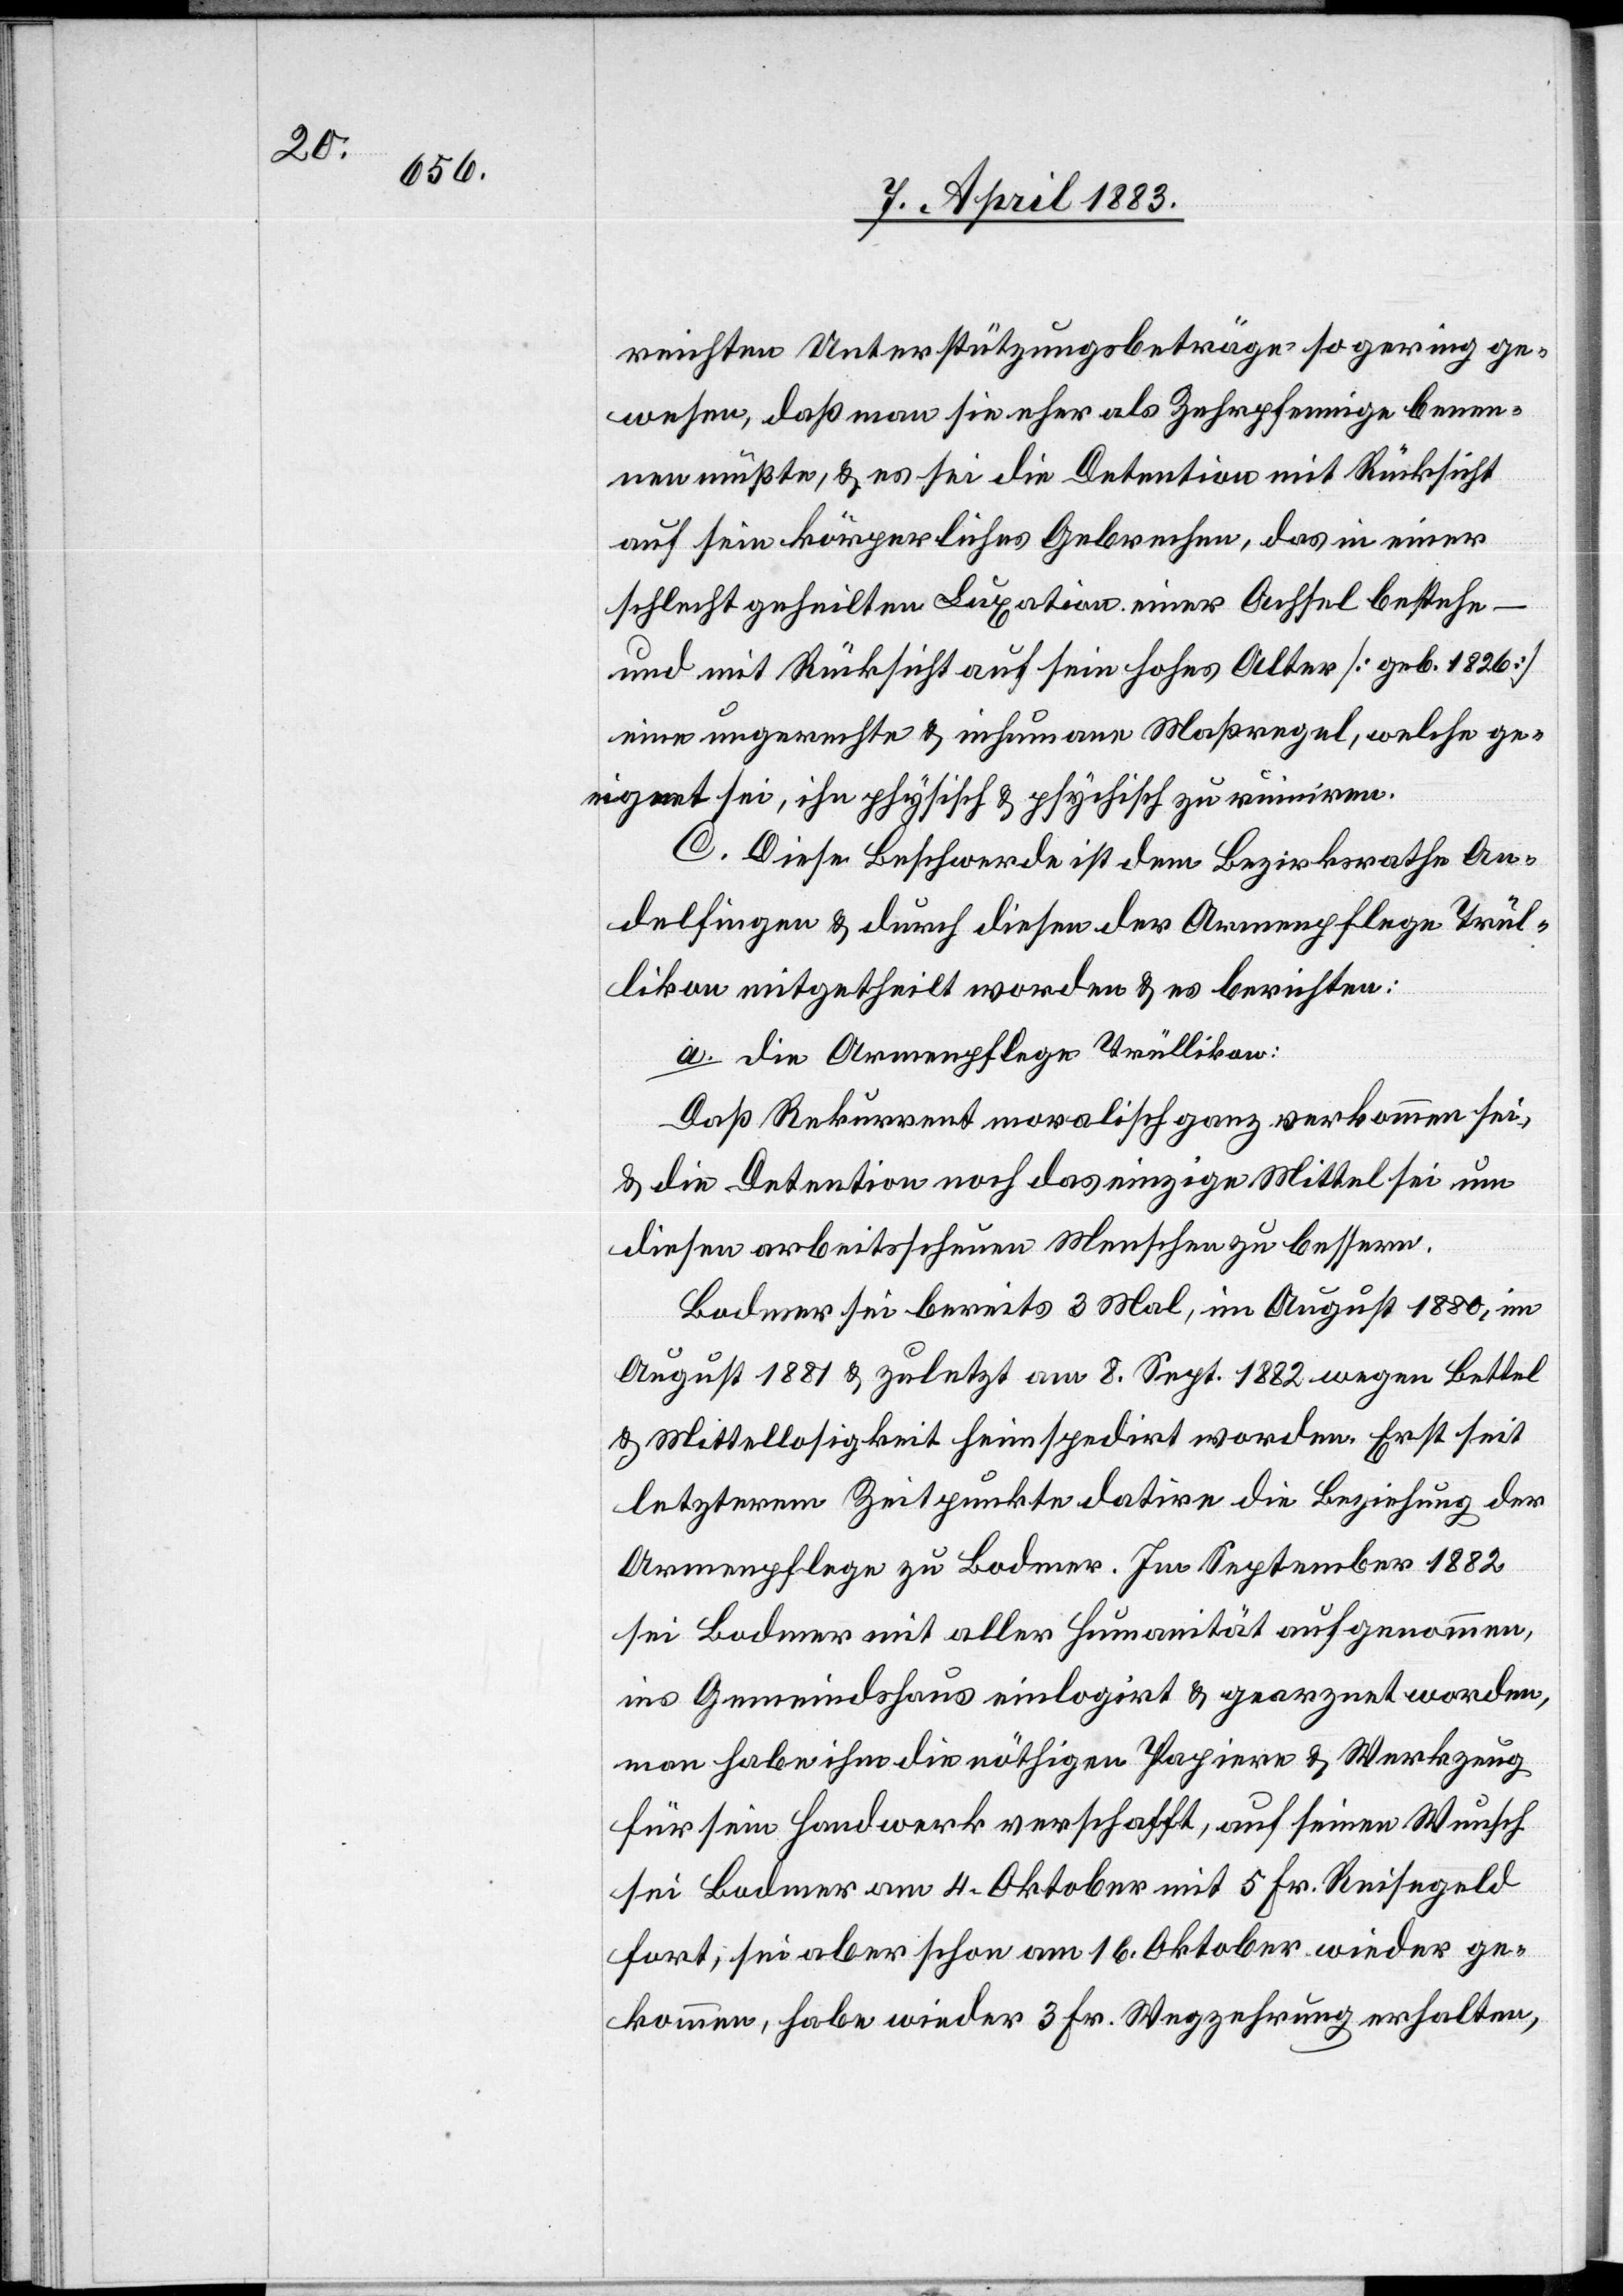
reichten Unterstützungsbeiträge so gering ge¬
wesen, daß man sie eher als Zehrpfennige benen¬
nen müßte, & es sei die Detention mit Rücksicht
auf sein körperliches Gebrechen, das in einer
schlecht geheilten Luxation einer Achsel bestehe
und mit Rücksicht auf sein hohes Alter [geb. 1826]
eine ungerechte & inhumane Maßregel, welche ge¬
eignet sei, ihn physisch & psychisch zu ruiniren.
C. Diese Beschwerde ist dem Bezirksrath An¬
delfingen & durch diesen der Armenpflege Trül¬
likon mitgetheilt worden & es berichten:
a. die Armenpflege Trüllikon:
Daß Rekurrent moralisch ganz verkommen sei,
& die Detention noch das einzige Mittel sei, um
diesen arbeitsscheuen Menschen zu bessern.
Bodmer sei bereits 3 Mal, im August 1880, im
August 1881 & zuletzt am 8. Sept. 1882 wegen Bettel
& Mittellosigkeit heimspedirt worden. Erst seit
letzterem Zeitpunkte datire die Beziehung der
Armenpflege zu Bodmer. Im September 1882
sei Bodmer mit aller Humanität aufgenommen,
ins Gemeindshaus einlogirt & gearznet worden,
man habe ihm die nöthigen Papiere & Werkzeug
für sein Handwerk verschafft, auf seinen Wunsch
sei Bodmer am 4. Oktober mit 5 Fr. Reisegeld
fort, sei aber schon am 16. Oktober wieder ge¬
kommen, habe wieder 3 Fr. Wegzehrung erhalten,